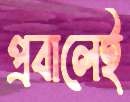
প্রবালেই